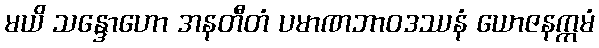
မယိ သန္ဒောဟော အနတီတံ ပမာဏဘာဝဒဿနံ ယောဇနက္ကမံ